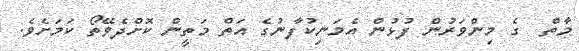
މާތް  ގެ މިންވަރުން ފުޅުން އެމަނިކުފާނުގެ އަތް މަތީން ކޮށްދެވޭތޯ ކަމަށެވެ.